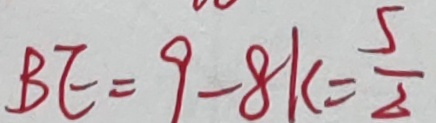
B E = 9 - 8 k = \frac { 5 } { 2 }